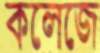
কলেজে